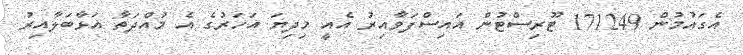
އެގައުމުން 171249 ޓޫރިސްޓުން އައިސްފަވާއިރު އެއީ މިދިޔަ އަހަރުގެ އެ މުއްދަތާ އަޅާބަލާއިރު